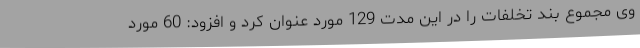
وی مجموع بند تخلفات را در این مدت 129 مورد عنوان کرد و افزود: 60 مورد